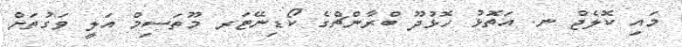
މައި ކޮލެޖް ނ. އަތޮޅު ހޮޅުދޫ ބްރާންޗްގެ ކޯޑިނޭޓަރ މޫތަސިމް އަލީ ވަގުތަށް